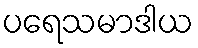
ပရေသမာဒါယ